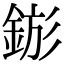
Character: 𨧗